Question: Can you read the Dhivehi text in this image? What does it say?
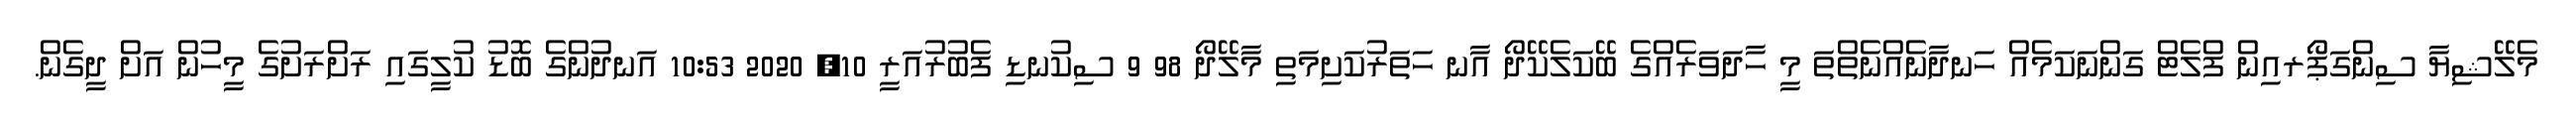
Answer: މެލޭޝިޔާ ސިންގަޕޯރއިން ފްލެޓް ގަންނަކަމެއް ހަނދާނެއްނެތްތަ މީ ހާދަވަރެއްގެ ބޭކަލެކޭދޯ އާނ ހަތަރުކަށިމަތި މާލޭދޯ 98 9 ސިކުނޑި ފެބުރުއަރީ 10, 2020 10:53 އަނދުންގެ ބޮޑު ކުލީގައި ރަށްރަށުގެ މީހުން އަށް ދީގެން.